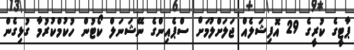
ޕާޓީގެ ކުރީގެ 29 އޮފިޝަލެއް ޖަލަށްލުމަށް ސްޕެއިންގެ ނޭޝަނަލް ކޯޓުން ހުކުމްކުރުމާ ގުޅިގެން